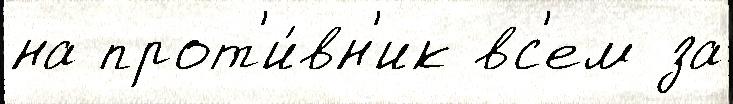
на прот'и́вн'ик вс'ем за